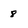
Character: 8